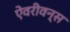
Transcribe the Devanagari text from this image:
ऐवरीवन्स